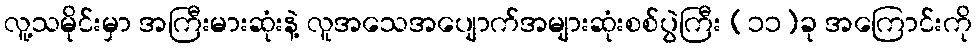
လူ့သမိုင်းမှာ အကြီးမားဆုံးနဲ့ လူအသေအပျောက်အများဆုံးစစ်ပွဲကြီး (၁၁)ခု အကြောင်းကို